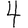
Digit: 4